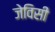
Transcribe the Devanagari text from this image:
जेविसी